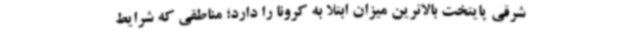
شرقی پایتخت بالاترین میزان ابتلا به کرونا را دارد؛ مناطقی که شرایط